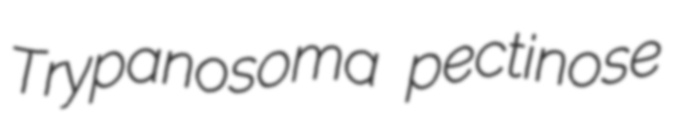
Trypanosoma pectinose